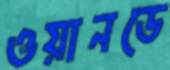
ওয়ানডে